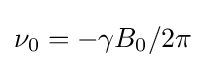
\nu _{0}=-\gamma B_{0}/2\pi